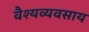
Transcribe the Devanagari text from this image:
वैश्यव्यवसाय